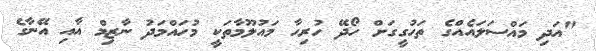
"އަދި މައްސަލައެއްގެ ތަހުގީގަށް ހޯދޭ ހުރިހާ މައުލޫމާތަކީ މުހައްމަދު ނާޒިމް އާއި އޭނާގެ